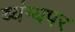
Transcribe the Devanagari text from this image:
व्यंग्यपर